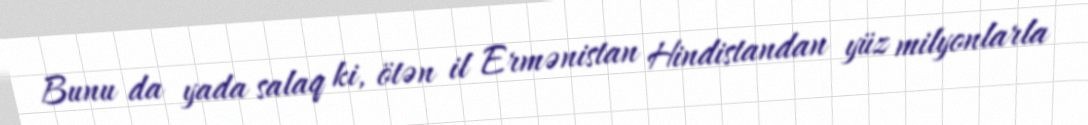
Bunu da yada salaq ki, ötən il Ermənistan Hindistandan yüz milyonlarla